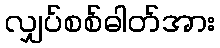
လျှပ်စစ်ဓါတ်အား